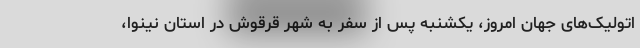
اتولیک‌های جهان امروز، یکشنبه پس از سفر به شهر قرقوش در استان نینوا،